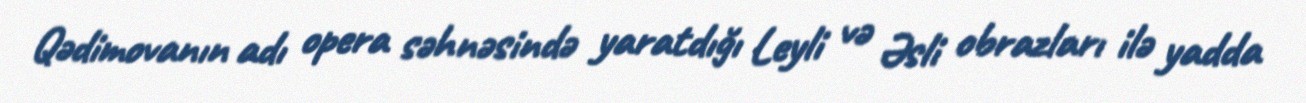
Qədimovanın adı opera səhnəsində yaratdığı Leyli və Əsli obrazları ilə yadda